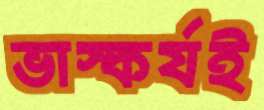
ভাস্কর্যই